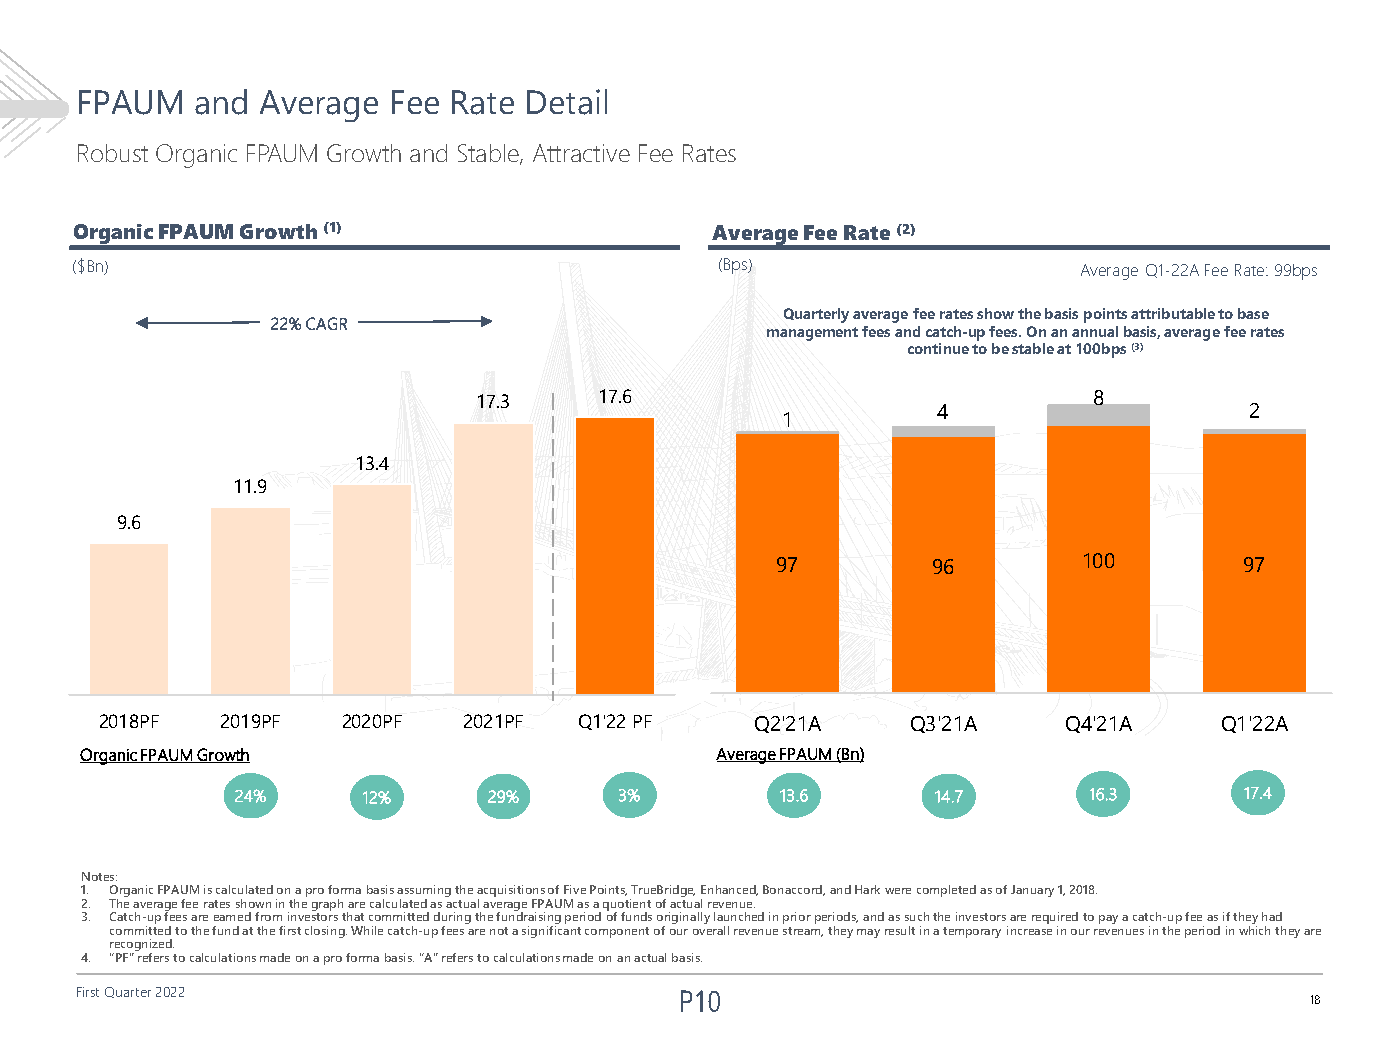
FPAUM   and Average  Fee Rate Detail
 Robust Organic FPAUM Growth and Stable, Attractive Fee Rates
 Organic FPAUM Growth (1)                  Average Fee Rate (2)
 ($Bn)                                      (Bps)                   Average Q1-22A Fee Rate: 99bps
 Quarterly average fee rates show the basis points attributable to base
 22% CAGR
 management fees and catch-up fees. On an annual basis, average fee rates
 continue to be stable at 100bps (3)
 17.3    17.6                            8
 4                    2
 1
 13.4
 11.9
 9.6
 97         96        100       97
 2018PF  2019PF  2020PF  2021PF Q1'22 PF    Q2'21A    Q3'21A     Q4'21A    Q1'22A
 Organic FPAUM Growth                      Average FPAUM (Bn)
 24%     12%     29%      3%         13.6      14.7      16.3      17.4
 Notes:
 1. Organic FPAUM is calculated on a pro forma basis assuming the acquisitions of Five Points, TrueBridge, Enhanced, Bonaccord, and Hark were completed as of January 1, 2018.
 2. The average fee rates shown in the graph are calculated as actual average FPAUM as a quotient of actual revenue.
 3. Catch-up fees are earned from investors that committed during the fundraising period of funds originally launched in prior periods, and as such the investors are required to pay a catch-up fee as if they had
 committed to the fund at the first closing. While catch-up fees are not a significant component of our overall revenue stream, they may result in a temporary increase in our revenues in the period in which they are
 recognized.
 4. “PF” refers to calculations made on a pro forma basis. “A” refers to calculations made on an actual basis.
 First Quarter 2022
 18